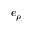
e _ { \rho }